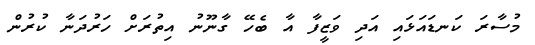
މުސާރަ ކަނޑައަޅައި އަދި ވަޒީފާ އާ ބެހޭ ގާނޫނު އިތުރަށް ހަރުދަނާ ކުރުން